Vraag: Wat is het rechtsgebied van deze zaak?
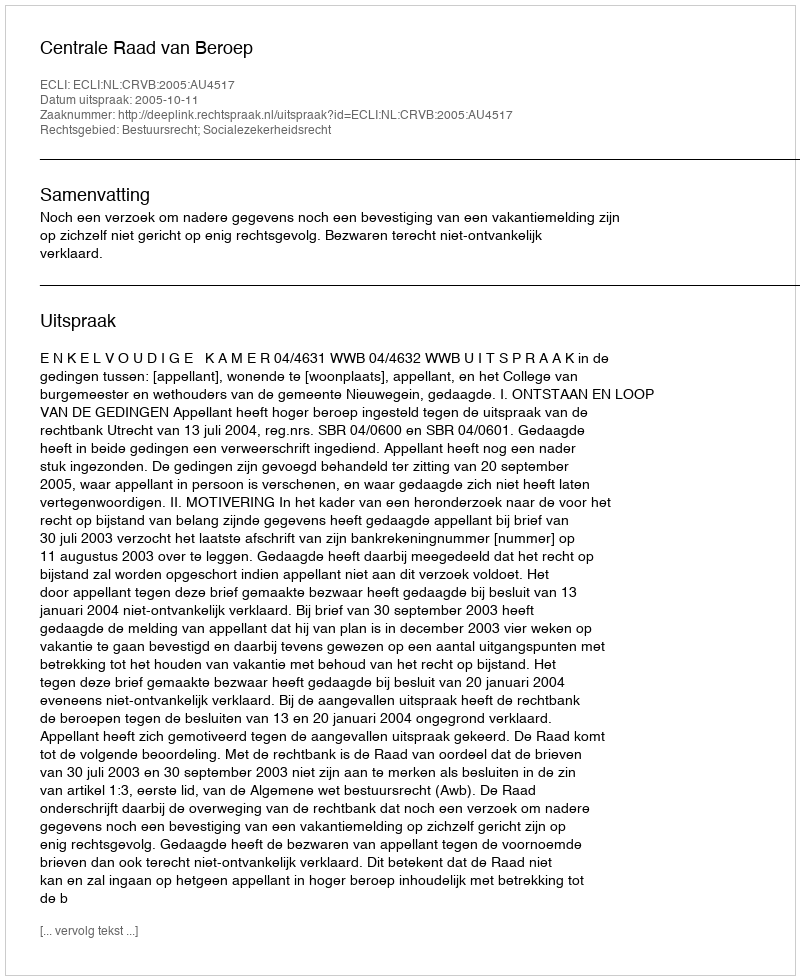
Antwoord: Bestuursrecht; Socialezekerheidsrecht